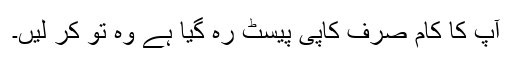
آپ کا کام صرف کاپی پیسٹ رہ گیا ہے وہ تو کر لیں۔